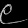
Digit: ၉